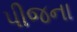
પીજના